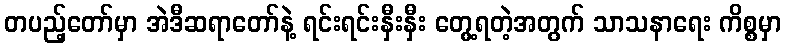
တပည့်တော်မှာ အဲဒီဆရာတော်နဲ့ ရင်းရင်းနှီးနှီး တွေ့ရတဲ့အတွက် သာသနာရေး ကိစ္စမှာ